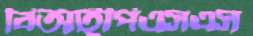
বিআইপিএসএস